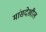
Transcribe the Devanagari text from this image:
मांसदेखील